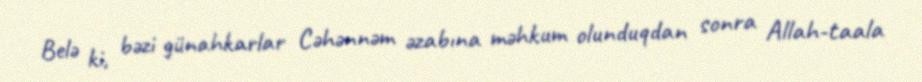
Belə ki, bəzi günahkarlar Cəhənnəm əzabına məhkum olunduqdan sonra Allah-taala